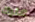
عليك